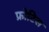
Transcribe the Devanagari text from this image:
फ्रोटिस